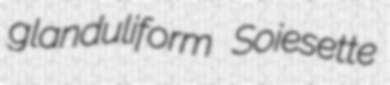
glanduliform Soiesette